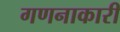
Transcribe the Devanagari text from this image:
गणनाकारी